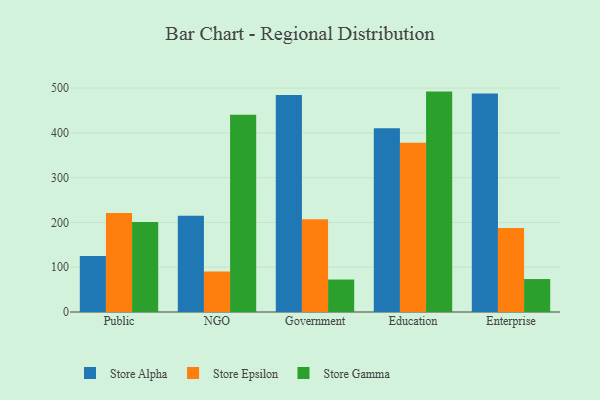
{"axis": {"x": "Segment", "y": "Population (Million)"}, "legend": ["Store Alpha", "Store Epsilon", "Store Gamma"], "data": [{"x": "Public", "y": 124.9, "type": "Store Alpha"}, {"x": "Public", "y": 221.1, "type": "Store Epsilon"}, {"x": "Public", "y": 201.0, "type": "Store Gamma"}, {"x": "NGO", "y": 215.0, "type": "Store Alpha"}, {"x": "NGO", "y": 90.5, "type": "Store Epsilon"}, {"x": "NGO", "y": 440.5, "type": "Store Gamma"}, {"x": "Government", "y": 484.7, "type": "Store Alpha"}, {"x": "Government", "y": 207.1, "type": "Store Epsilon"}, {"x": "Government", "y": 72.5, "type": "Store Gamma"}, {"x": "Education", "y": 410.4, "type": "Store Alpha"}, {"x": "Education", "y": 378.0, "type": "Store Epsilon"}, {"x": "Education", "y": 492.2, "type": "Store Gamma"}, {"x": "Enterprise", "y": 488.2, "type": "Store Alpha"}, {"x": "Enterprise", "y": 187.5, "type": "Store Epsilon"}, {"x": "Enterprise", "y": 73.6, "type": "Store Gamma"}]}